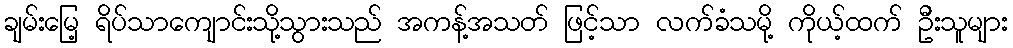
ချမ်းမြေ့ ရိပ်သာကျောင်းသို့သွားသည် အကန့်အသတ် ဖြင့်သာ လက်ခံသမို့ ကိုယ့်ထက် ဦးသူများ